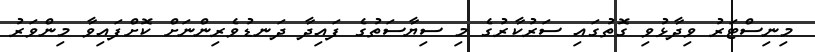
މިނިސްޓަރު ވިދާޅުވި ގޮތުގައި ސަރުކާރުގެ މި ސިޔާސަތުގެ ފައިދާ ދަނޑުވެރިންނަށް ކޮށްފައިވާ މިންވަރު